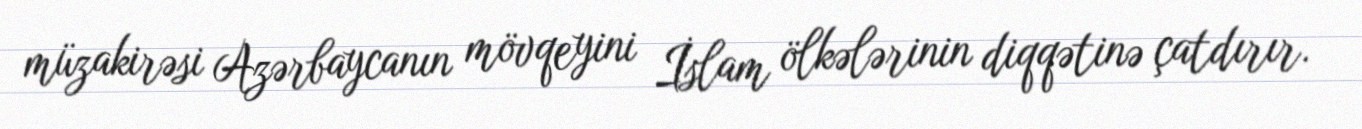
müzakirəsi Azərbaycanın mövqeyini İslam ölkələrinin diqqətinə çatdırır.